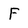
Character: F